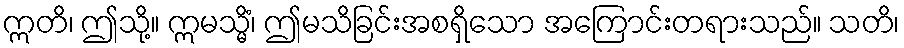
ဣတိ၊ ဤသို့။ ဣမသ္မိံ၊ ဤမသိခြင်းအစရှိသော အကြောင်းတရားသည်။ သတိ၊